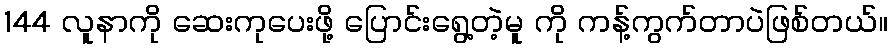
144 လူနာကို ဆေးကုပေးဖို့ ပြောင်းရွေ့တဲ့မူ ကို ကန့်ကွက်တာပဲဖြစ်တယ်။